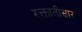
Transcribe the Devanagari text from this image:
रक्तातीसार